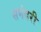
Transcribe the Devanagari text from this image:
समंदरी